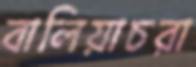
বালিয়াচরা